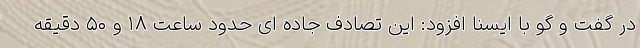
در گفت و گو با ایسنا افزود: این تصادف جاده ای حدود ساعت ۱۸ و ۵۰ دقیقه